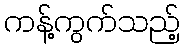
ကန့်ကွက်သည့်